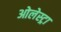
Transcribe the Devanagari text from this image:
ओलेस्ट्रा